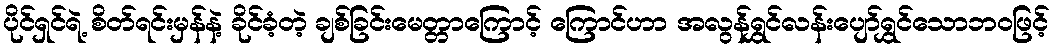
ပိုင်ရှင်ရဲ့ စိတ်ရင်းမှန်နဲ့ ခိုင်ခံ့တဲ့ ချစ်ခြင်းမေတ္တာကြောင့် ကြောင်ဟာ အလွန်ရွှင်လန်းပျော်ရွှင်သောဘဝဖြင့်